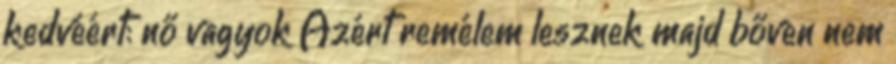
kedvéért: nő vagyok Azért remélem lesznek majd bőven nem